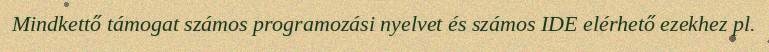
Mindkettő támogat számos programozási nyelvet és számos IDE elérhető ezekhez pl.